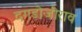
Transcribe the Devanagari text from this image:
दगडोजीराव